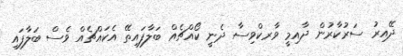
ދޭއިރު ސަރުކާރުން ދާއިމީ ވާރކްވިސާ ދެނީ ކޯއްޗެއް ބަލާފައިތޭ އެކައްޗެއް ވެސް ބަލާފައި